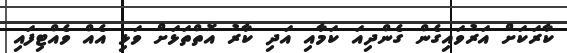
ކާރަކަށް އަރުވައިގެން ގެންދިއަ ކަމާއި އަދި ކާރު އޮތްތަޅަށް ވަޅި އެއް ވެއްޓިފައި